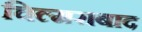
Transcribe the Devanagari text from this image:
चिल्मराबाद